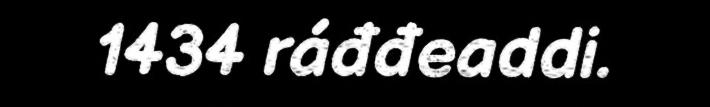
1434 ráđđeaddi.